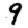
Digit: 9